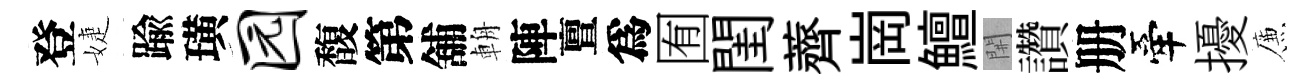
登婕踰璜园馥第舖輈陣亶爲囿閨薺崗鱣𨳩讚册牽擾簾